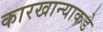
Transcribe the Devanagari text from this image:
कारखान्याकडे